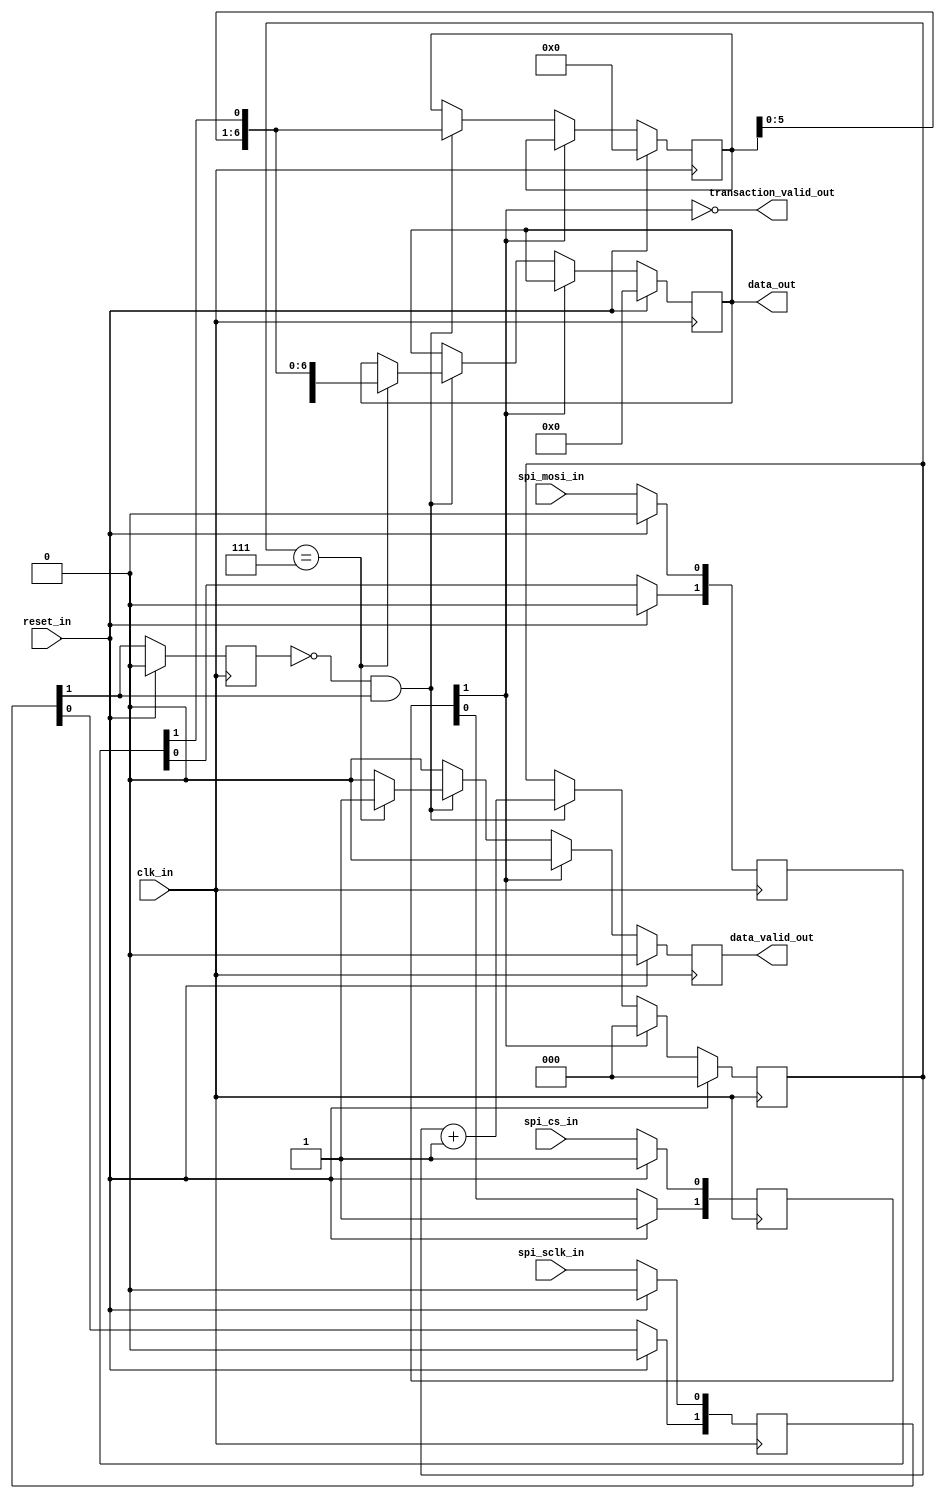
module spi_slave(
    input   wire       reset_in,
    input   wire       clk_in,
    input   wire       spi_sclk_in,
    input   wire       spi_cs_in,
    input   wire       spi_mosi_in,
    output  wire[7:0]   data_out,
    output  reg        data_valid_out,
    output  wire       transaction_valid_out       
);

    assign transaction_valid_out = ~async_cs[1];

    reg[1:0] async_cs;
    reg[1:0] async_mosi;
    reg[1:0] async_sclk;
    reg      sclk_edge;

    //2-FF Synchronizer
    always@(posedge clk_in)begin
        if(reset_in == 1'b1)begin
            async_cs <= 2'h3;
            async_mosi <= 2'h0;
            async_sclk <= 2'h0;
            sclk_edge <= 1'b0;
        end
        else begin
            async_cs[0] <= spi_cs_in;
            async_cs[1] <= async_cs[0];
            async_mosi[0] <= spi_mosi_in;
            async_mosi[1] <= async_mosi[0];
            async_sclk[0] <= spi_sclk_in;
            async_sclk[1] <= async_sclk[0];
            sclk_edge <= async_sclk[1];
        end
    end

    reg[6:0]    rx_shift_reg;
    reg[7:0]    rx_buf_reg;
    reg[2:0]    rx_count;

    assign data_out = rx_buf_reg;

    always@(posedge clk_in)begin
        if(reset_in == 1'b1)begin
            rx_shift_reg <= 7'h0;
            rx_buf_reg <= 8'h0;
            rx_count <= 3'h0;
            data_valid_out <= 1'b0;
        end
        else begin
            if(data_valid_out == 1'b1)begin
                data_valid_out <= 1'b0;
            end
            if(async_cs[1] == 1'b1)begin
                rx_count <= 0;
            end
            else begin
                if(sclk_edge == 1'b0 && async_sclk[1] == 1'b1)begin
                    rx_shift_reg <= {rx_shift_reg[5:0],async_mosi[1]};
                    rx_count <= rx_count + 1;
                    if(rx_count == 7)begin
                        rx_buf_reg <= {rx_shift_reg[6:0],async_mosi[1]};
                        data_valid_out <= 1'b1;
                    end
                end
            end
        end
    end
endmodule